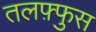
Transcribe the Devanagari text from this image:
तलफ़्फुस